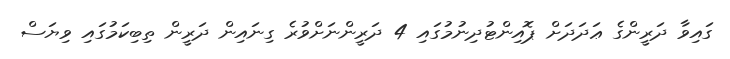
ގައިވާ ދަރީންގެ ޢަދަދަށް ޕޮއިންޓުދިނުމުގައި 4 ދަރީންނަށްވުރެ ގިނައިން ދަރީން ތިބިކަމުގައި ވިޔަސް